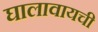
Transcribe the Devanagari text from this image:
घालावायची